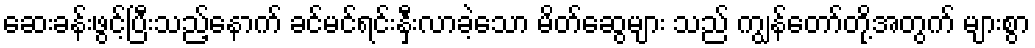
ဆေးခန်းဖွင့်ပြီးသည့်နောက် ခင်မင်ရင်းနှီးလာခဲ့သော မိတ်ဆွေများ သည် ကျွန်တော်တို့အတွက် များစွာ